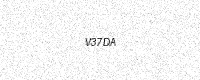
Text: V37DA